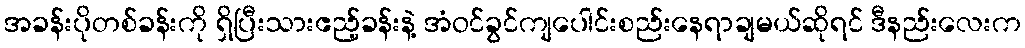
အခန်းပိုတစ်ခန်းကို ရှိပြီးသားဧည့်ခန်းနဲ့ အံဝင်ခွင်ကျပေါင်းစည်းနေရာချမယ်ဆိုရင် ဒီနည်းလေးက